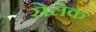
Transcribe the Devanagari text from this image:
सेलेक